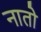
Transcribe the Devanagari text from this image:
नातो